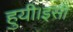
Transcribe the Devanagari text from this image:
हुयी।इसी